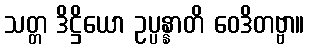
သတ္တ ဒိဋ္ဌိယော ဥပ္ပန္နာတိ ဝေဒိတဗ္ဗာ။